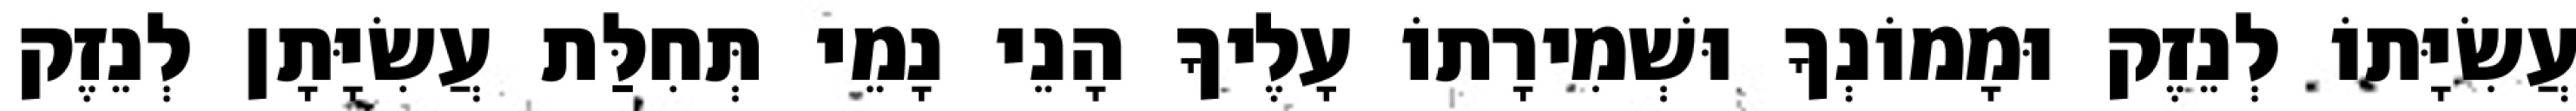
עֲשִׂיָּתוֹ לְנֵזֶק וּמָמוֹנְךָ וּשְׁמִירָתוֹ עָלֶיךָ הָנֵי נָמֵי תְּחִלַּת עֲשִׂיָּתָן לְנֵזֶק